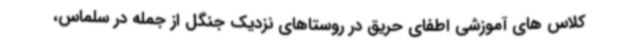
کلاس های آموزشی اطفای حریق در روستاهای نزدیک جنگل از جمله در سلماس،